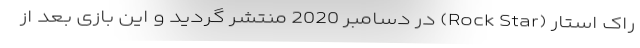
راک استار (Rock Star) در دسامبر 2020 منتشر گردید و این بازی بعد از